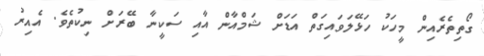
ގޯތިތެރެއިން މީހަކު ހަޅޭލަވައިގަތް އަޑަށް ޝަމްއާން އާއި ސަކީނާ ބޭރަށް ނިކުތެވެ. އެއިރު